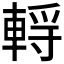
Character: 𰹗